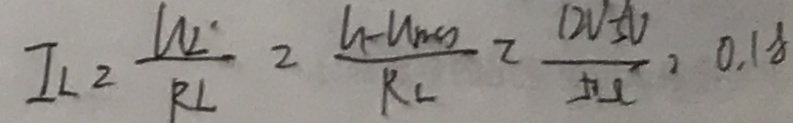
I _ { L } = \frac { U _ { 2 } } { R _ { L } } = \frac { h - U _ { m g } } { R _ { L } } = \frac { 1 2 V - 5 V } { 5 0 \Omega } = 0 . 1 8